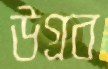
উগ্‌রব